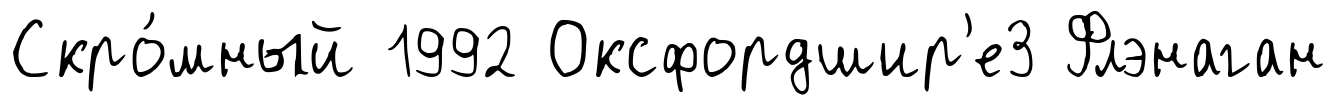
Скро́мный 1992 Оксфордшир'е3 Флэнаган